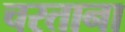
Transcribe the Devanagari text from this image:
चरताना